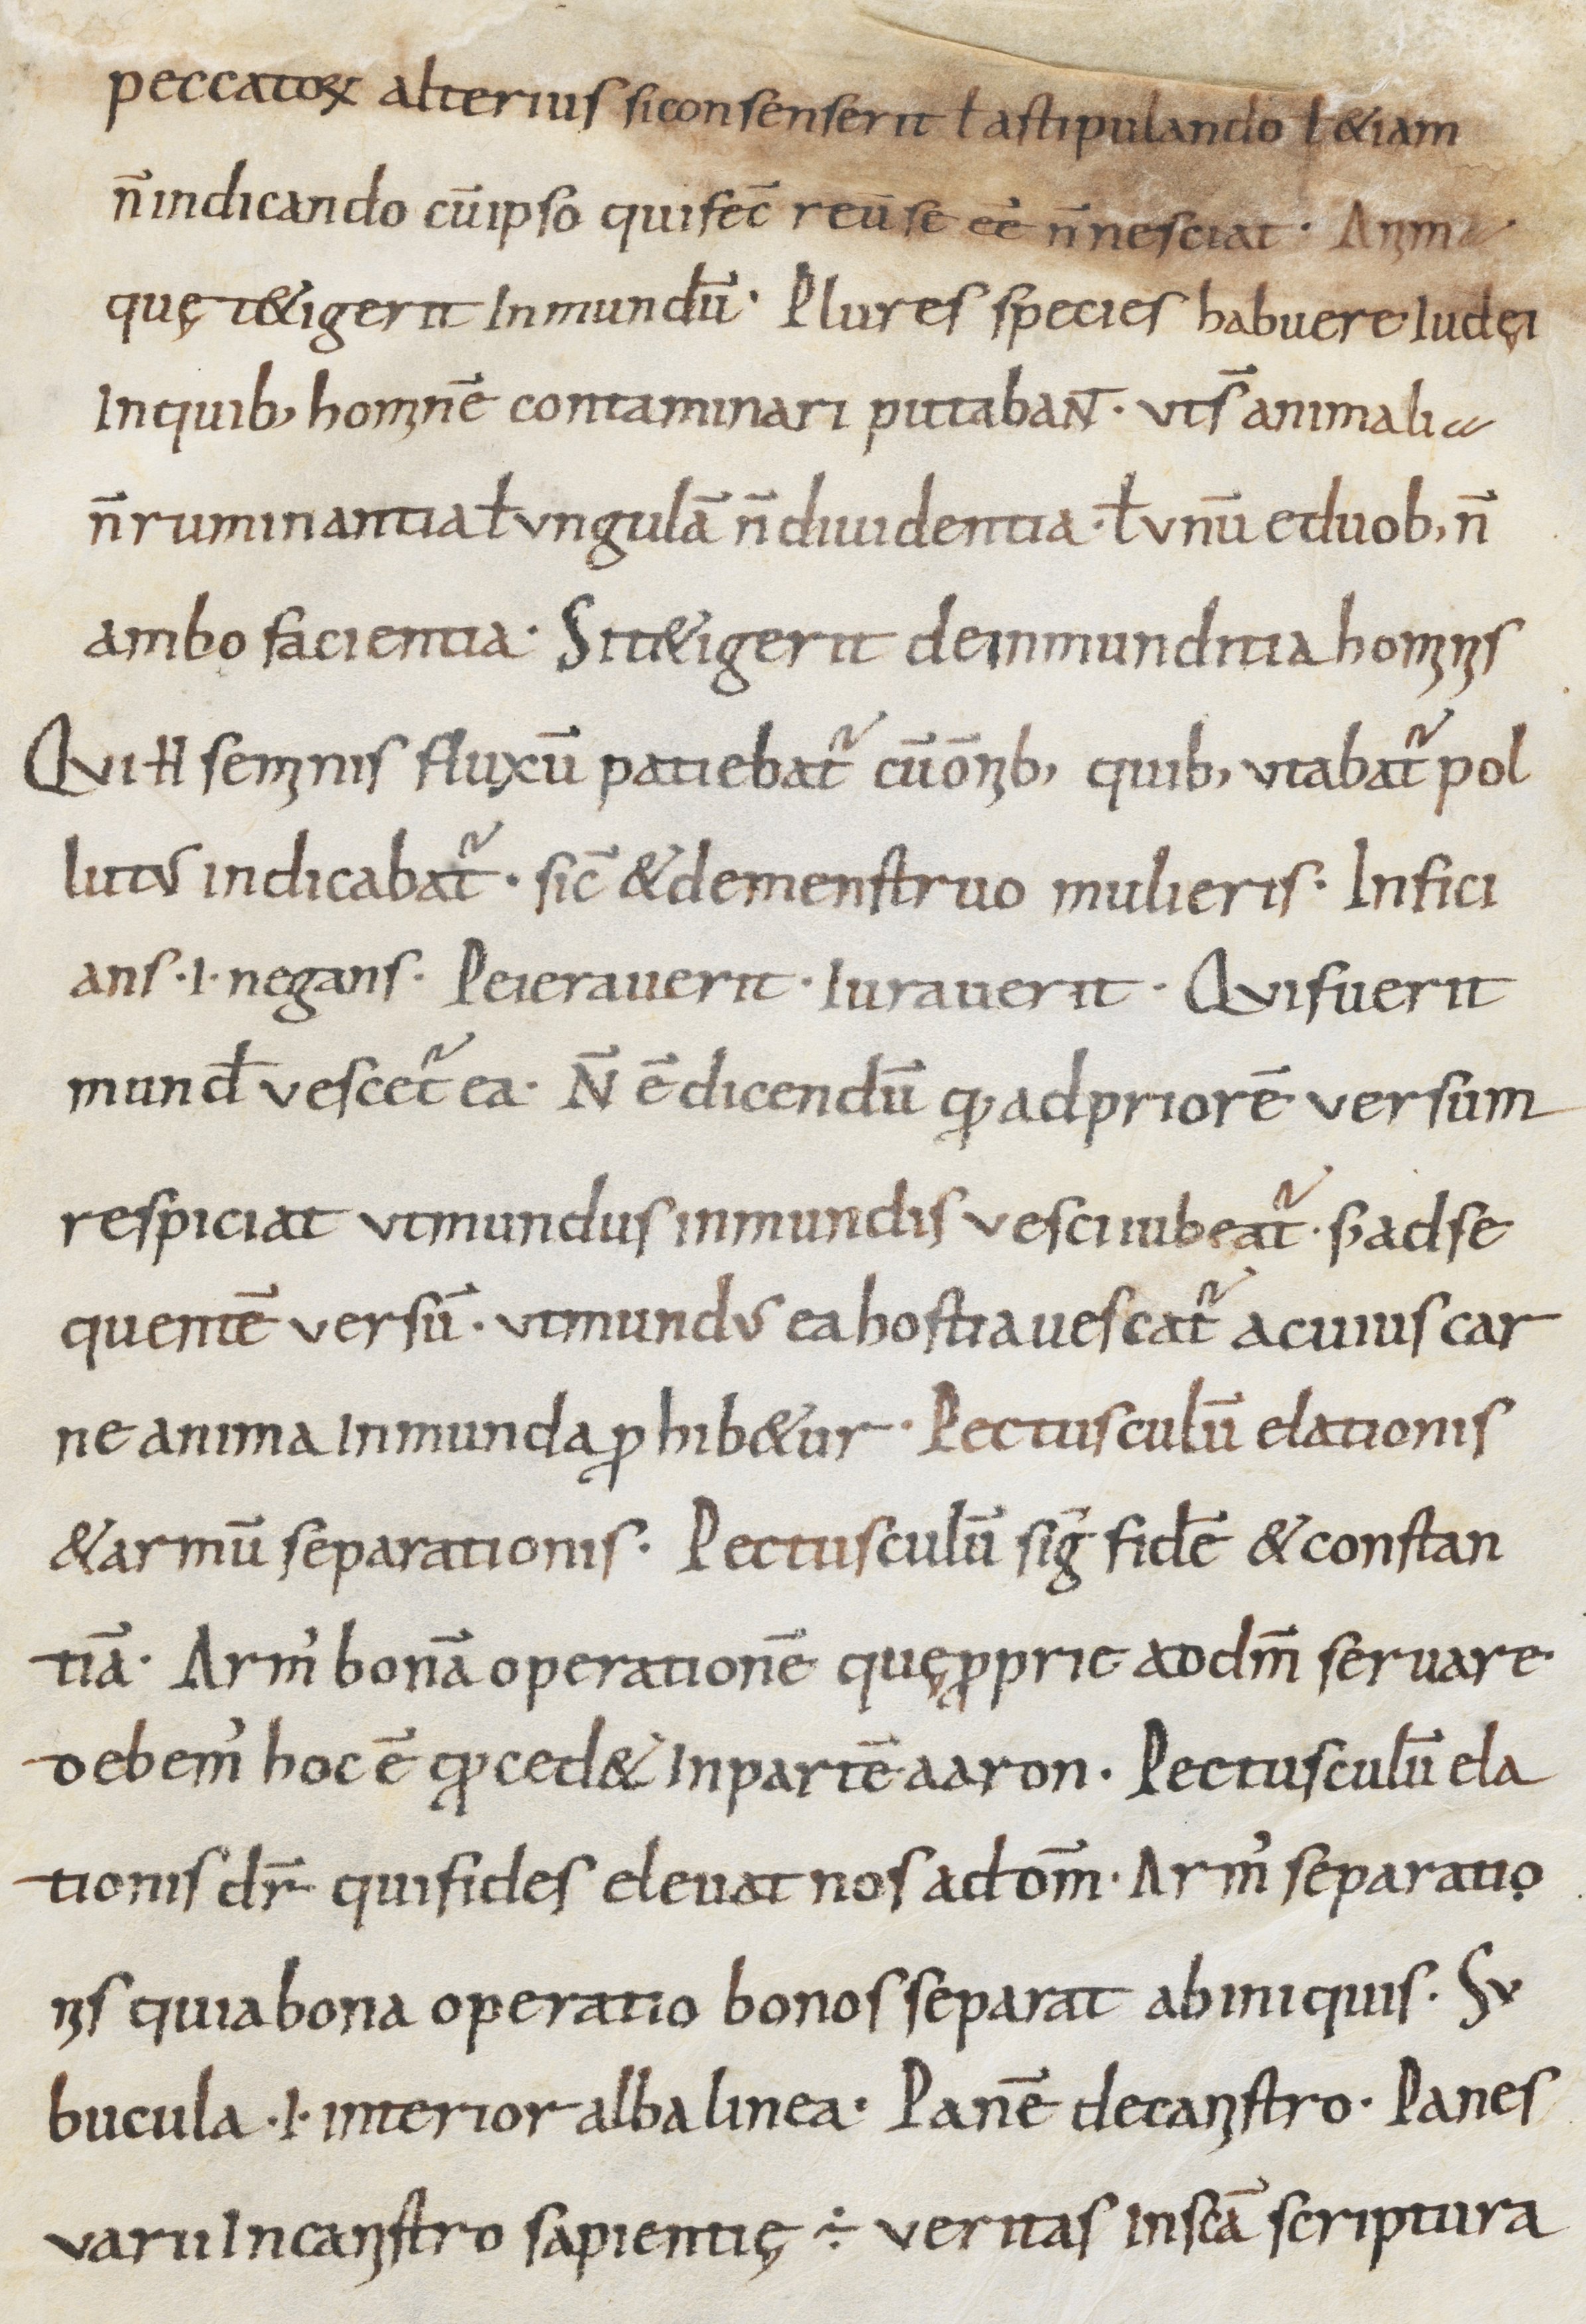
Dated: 800–999